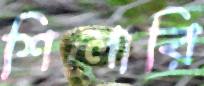
শিলোরি